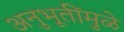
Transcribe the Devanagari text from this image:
अनुभूतींमुळे